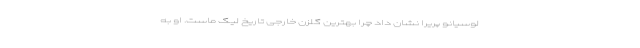
لوسیانو پریرا نشان داد چرا بهترین گلزن خارجی تاریخ لیگ ماست. او به